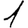
Digit: 1